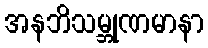
အနဘိသမ္ဘုဏမာနာ